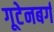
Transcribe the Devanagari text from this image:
गूटेनबर्ग